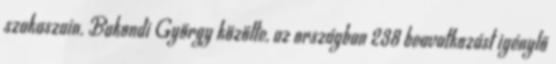
szakaszain. Bakondi György közölte, az országban 238 beavatkozást igénylő